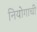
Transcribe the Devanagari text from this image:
नियोगाची